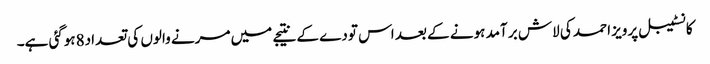
کانسٹیبل پرویز احمد کی لاش بر آمد ہونے کے بعد اس تودے کے نتیجے میں مرنے والوں کی تعداد8ہوگئی ہے۔